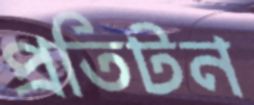
প্রতিটন